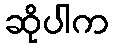
ဆိုပါက